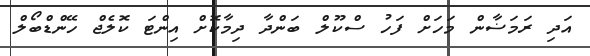
އަދި ރަމަޟާން މަހަށް ފަހު ސްކޫލް ބަންދާ ދިމާކޮށް އިންޓަ ކޮލެޖް ހޭންޑްބޯލް